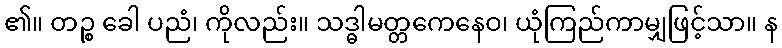
၏။ တဉ္စ ခေါ ပညံ၊ ကိုလည်း။ သဒ္ဓါမတ္တကေနေဝ၊ ယုံကြည်ကာမျှဖြင့်သာ။ န